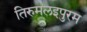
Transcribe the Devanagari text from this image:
तिरुमलइपुरम